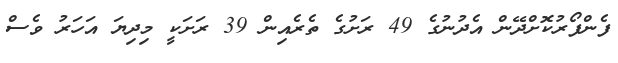
ފެންފޯރުކޮށްދޭން އެދުނުގެ 49 ރަށުގެ ތެރެއިން 39 ރަށަކީ މިދިޔަ އަހަރު ވެސް